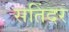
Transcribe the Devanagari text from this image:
सतिंदर